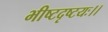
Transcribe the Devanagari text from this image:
भीष्टदृष्टयः।।